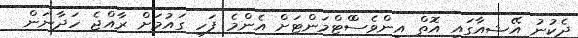
ދެކުނު އޭޝިއާގައި އޮތް އިންވެސްްޓްމަންޓަށް އެންމެ ފަހި ގައުމަށް ރާއްޖެ ހަދާނަން